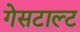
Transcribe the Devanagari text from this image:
गेसटाल्ट